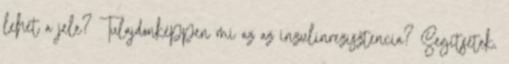
lehet a jele? Tulajdonképpen mi az az inzulinrezisztencia? Segítsetek,